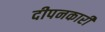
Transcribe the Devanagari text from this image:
दीपनकारी